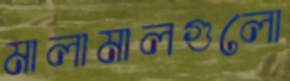
মালামালগুলো